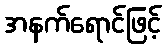
အနက်ရောင်ဖြင့်